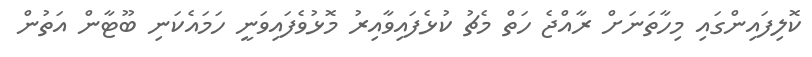
ކޮލިފައިންގައި މިހާތަނަށް ރާއްޖެ ހަތް މެޗު ކުޅެފައިވާއިރު މޮޅުވެފައިވަނީ ހަމައެކަނި ބޫޓާން އަތުން